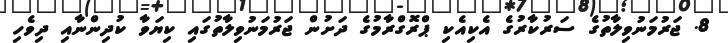
8. ޖަރުމަނުވިލާތުގެ ސަރުކާރުގެ އެކިއެކި ޕްރޮގްރާމުގެ ދަށުން ޖަރުމަނުވިލާތުގައި ކިޔަވާ ކުދިންނާއި ދިވެހި